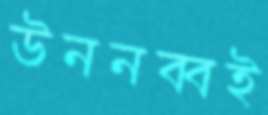
উননব্বই